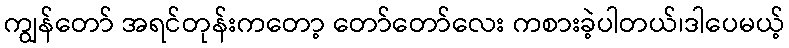
ကျွန်တော် အရင်တုန်းကတော့ တော်တော်လေး ကစားခဲ့ပါတယ်၊ဒါပေမယ့်